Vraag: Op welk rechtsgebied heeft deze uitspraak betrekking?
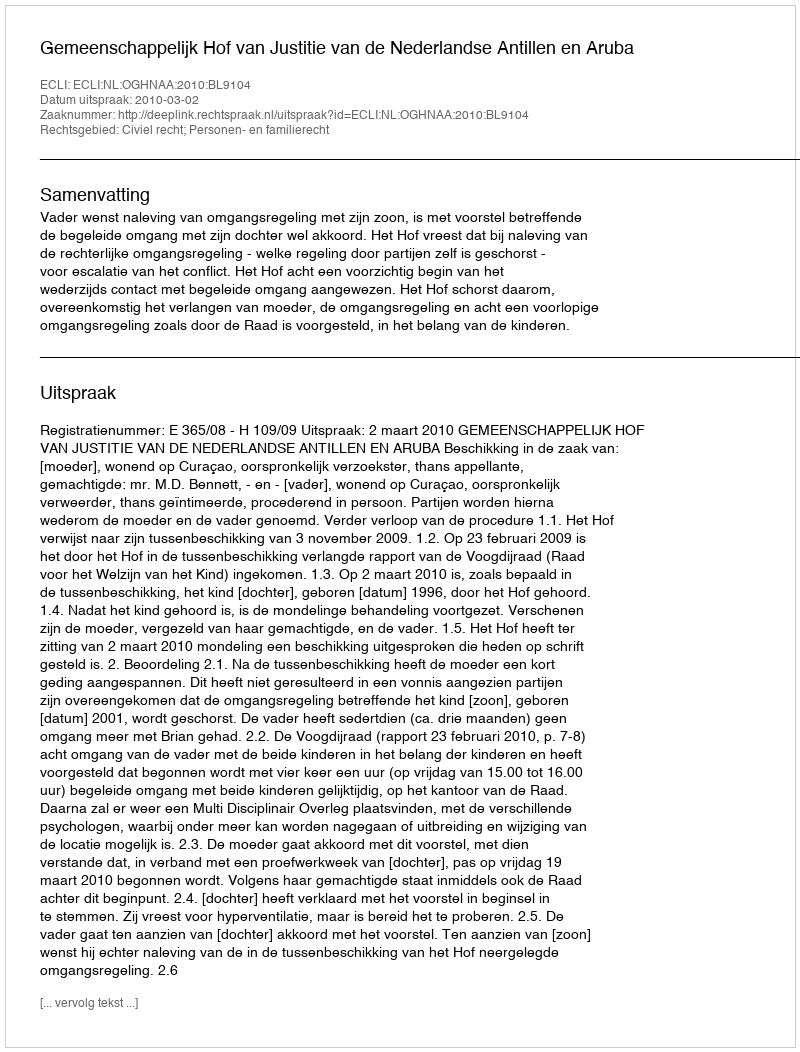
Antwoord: Civiel recht; Personen- en familierecht